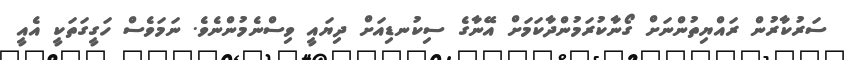
ސަރުކާރުން ރައްޔިތުންނަށް ގޯނާކުރަމުންދާކަމަށް އޭނާގެ ސިކުނޑިއަށް ދިޔައީ ވިސްނެމުންނެވެ. ނަމަވެސް ހަގީގަތަކީ އެއީ